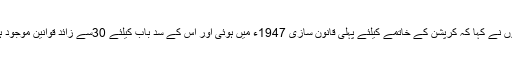
انہوں نے کہا کہ کرپشن کے خاتمے کیلئے پہلی قانون سازی 1947ء میں ہوئی اور اس کے سد باب کیلئے 30سے زائد قوانین موجود ہیں۔